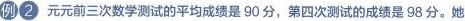
例2元元前三次数学测试的平均成绩是90分，第四次测试的成绩是98分。她